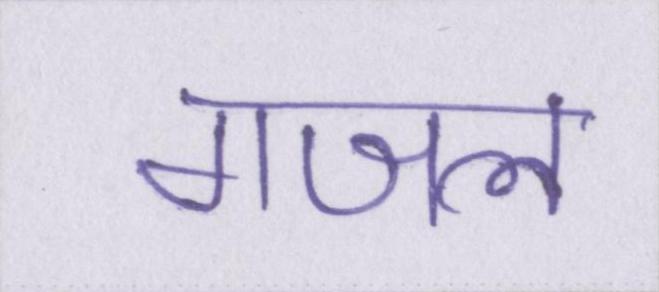
गजल